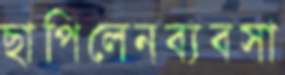
ছাপিলেনব্যবসা